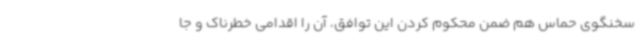
سخنگوی حماس هم ضمن محکوم کردن این توافق، آن را اقدامی خطرناک و جا